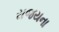
રાજયના